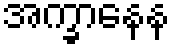
အက္ခာနေန